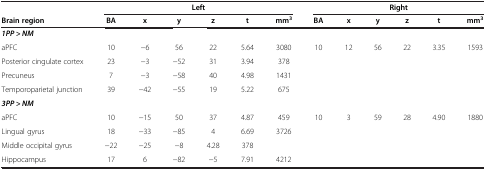
<table><thead><tr><td><b> </b></td><td colspan="6"><b>Left</b></td><td colspan="6"><b>Right</b></td></tr><tr><td><b>Brain region</b></td><td><b>BA</b></td><td><b>x</b></td><td><b>y</b></td><td><b>z</b></td><td><b>t</b></td><td><b>mm<sup>3</sup></b></td><td><b>BA</b></td><td><b>x</b></td><td><b>y</b></td><td><b>z</b></td><td><b>t</b></td><td><b>mm<sup>3</sup></b></td></tr></thead><tbody><tr><td><b><i>1PP &gt; NM</i></b></td><td> </td><td> </td><td> </td><td> </td><td> </td><td> </td><td> </td><td> </td><td> </td><td> </td><td> </td><td> </td></tr><tr><td>aPFC</td><td>10</td><td>−6</td><td>56</td><td>22</td><td>5.64</td><td>3080</td><td>10</td><td>12</td><td>56</td><td>22</td><td>3.35</td><td>1593</td></tr><tr><td>Posterior cingulate cortex</td><td>23</td><td>−3</td><td>−52</td><td>31</td><td>3.94</td><td>378</td><td> </td><td> </td><td> </td><td> </td><td> </td><td> </td></tr><tr><td>Precuneus</td><td>7</td><td>−3</td><td>−58</td><td>40</td><td>4.98</td><td>1431</td><td> </td><td> </td><td> </td><td> </td><td> </td><td> </td></tr><tr><td>Temporoparietal junction</td><td>39</td><td>−42</td><td>−55</td><td>19</td><td>5.22</td><td>675</td><td> </td><td> </td><td> </td><td> </td><td> </td><td> </td></tr><tr><td><b><i>3PP &gt; NM</i></b></td><td> </td><td> </td><td> </td><td> </td><td> </td><td> </td><td> </td><td> </td><td> </td><td> </td><td> </td><td> </td></tr><tr><td>aPFC</td><td>10</td><td>−15</td><td>50</td><td>37</td><td>4.87</td><td>459</td><td>10</td><td>3</td><td>59</td><td>28</td><td>4.90</td><td>1880</td></tr><tr><td>Lingual gyrus</td><td>18</td><td>−33</td><td>−85</td><td>4</td><td>6.69</td><td>3726</td><td> </td><td> </td><td> </td><td> </td><td> </td><td> </td></tr><tr><td>Middle occipital gyrus</td><td>−22</td><td>−25</td><td>−8</td><td>4.28</td><td>378</td><td> </td><td> </td><td> </td><td> </td><td> </td><td> </td><td> </td></tr><tr><td>Hippocampus</td><td>17</td><td>6</td><td>−82</td><td>−5</td><td>7.91</td><td>4212</td><td> </td><td> </td><td> </td><td> </td><td> </td><td> </td></tr></tbody></table>